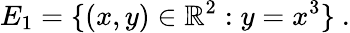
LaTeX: E_{1}=\{ (x,y)\in\mathbb{R}^{2}:y=x^{3}\} \ .